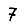
Digit: 7